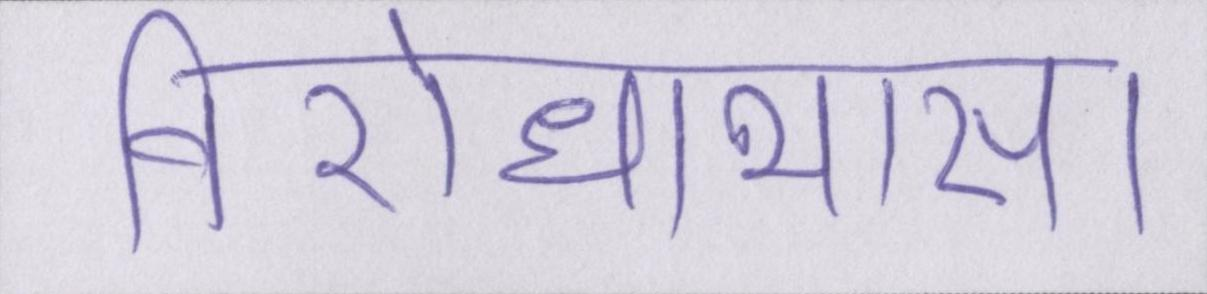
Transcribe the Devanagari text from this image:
विरोधाभास।